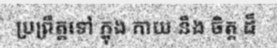
ប្រព្រឹត្តទៅ ក្នុង កាយ នឹង ចិត្ត ដ៏